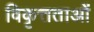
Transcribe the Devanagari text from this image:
विकृत्तताओं